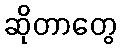
ဆိုတာတွေ